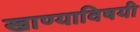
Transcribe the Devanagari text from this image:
खाण्याविषयी